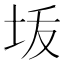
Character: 𰉠